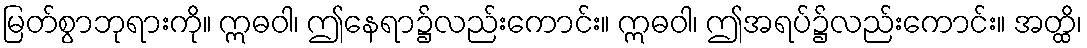
မြတ်စွာဘုရားကို။ ဣဓဝါ၊ ဤနေရာ၌လည်းကောင်း။ ဣဓဝါ၊ ဤအရပ်၌လည်းကောင်း။ အတ္ထိ၊